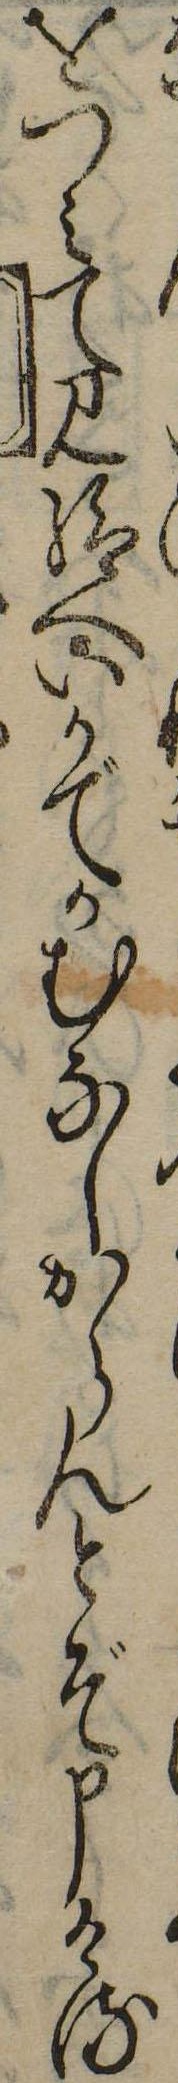
をつみて見給へいかでかむなしからんとぞ申ける